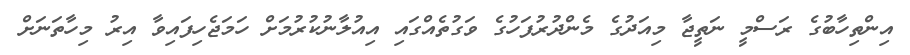
އިންތިހާބުގެ ރަސްމީ ނަތީޖާ މިއަދުގެ މެންދުރުފަހުގެ ވަގުތެއްގައި އިއުލާނުކުރުމަށް ހަމަޖެހިފައިވާ އިރު މިހާތަނަށް